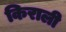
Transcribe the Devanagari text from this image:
किराली